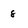
Character: 8